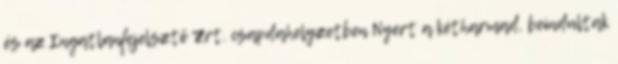
és az Ingatlanfejelsztő Zrt. csapdahelyzetben Nyert a kétharmad, beindultak